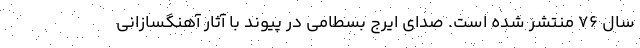
سال 76 منتشر شده است. صدای ایرج بسطامی در پیوند با آثار آهنگسازانی